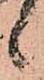
候